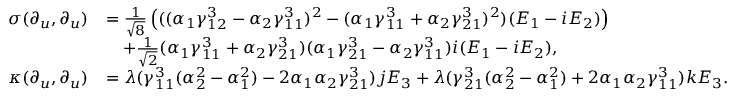
\begin{array} { r l } { \sigma ( \partial _ { u } , \partial _ { u } ) } & { = \frac { 1 } { \sqrt { 8 } } \left( ( ( \alpha _ { 1 } \gamma _ { 1 2 } ^ { 3 } - \alpha _ { 2 } \gamma _ { 1 1 } ^ { 3 } ) ^ { 2 } - ( \alpha _ { 1 } \gamma _ { 1 1 } ^ { 3 } + \alpha _ { 2 } \gamma _ { 2 1 } ^ { 3 } ) ^ { 2 } ) ( E _ { 1 } - i E _ { 2 } ) \right) } \\ & { \quad + \frac { 1 } { \sqrt { 2 } } ( \alpha _ { 1 } \gamma _ { 1 1 } ^ { 3 } + \alpha _ { 2 } \gamma _ { 2 1 } ^ { 3 } ) ( \alpha _ { 1 } \gamma _ { 2 1 } ^ { 3 } - \alpha _ { 2 } \gamma _ { 1 1 } ^ { 3 } ) i ( E _ { 1 } - i E _ { 2 } ) , } \\ { \kappa ( \partial _ { u } , \partial _ { u } ) } & { = \lambda ( \gamma _ { 1 1 } ^ { 3 } ( \alpha _ { 2 } ^ { 2 } - \alpha _ { 1 } ^ { 2 } ) - 2 \alpha _ { 1 } \alpha _ { 2 } \gamma _ { 2 1 } ^ { 3 } ) j E _ { 3 } + \lambda ( \gamma _ { 2 1 } ^ { 3 } ( \alpha _ { 2 } ^ { 2 } - \alpha _ { 1 } ^ { 2 } ) + 2 \alpha _ { 1 } \alpha _ { 2 } \gamma _ { 1 1 } ^ { 3 } ) k E _ { 3 } . } \end{array}